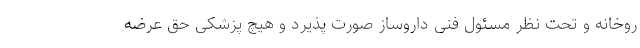
روخانه و تحت نظر مسئول فنی داروساز صورت پذیرد و هیچ پزشکی حق عرضه